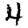
Digit: 4